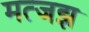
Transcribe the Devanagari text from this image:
मत्जझ